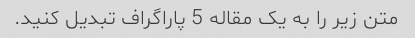
متن زیر را به یک مقاله 5 پاراگراف تبدیل کنید.